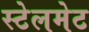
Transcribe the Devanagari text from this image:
स्टेलमेट